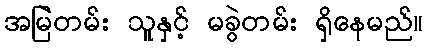
အမြဲတမ်း သူနှင့် မခွဲတမ်း ရှိနေမည်။